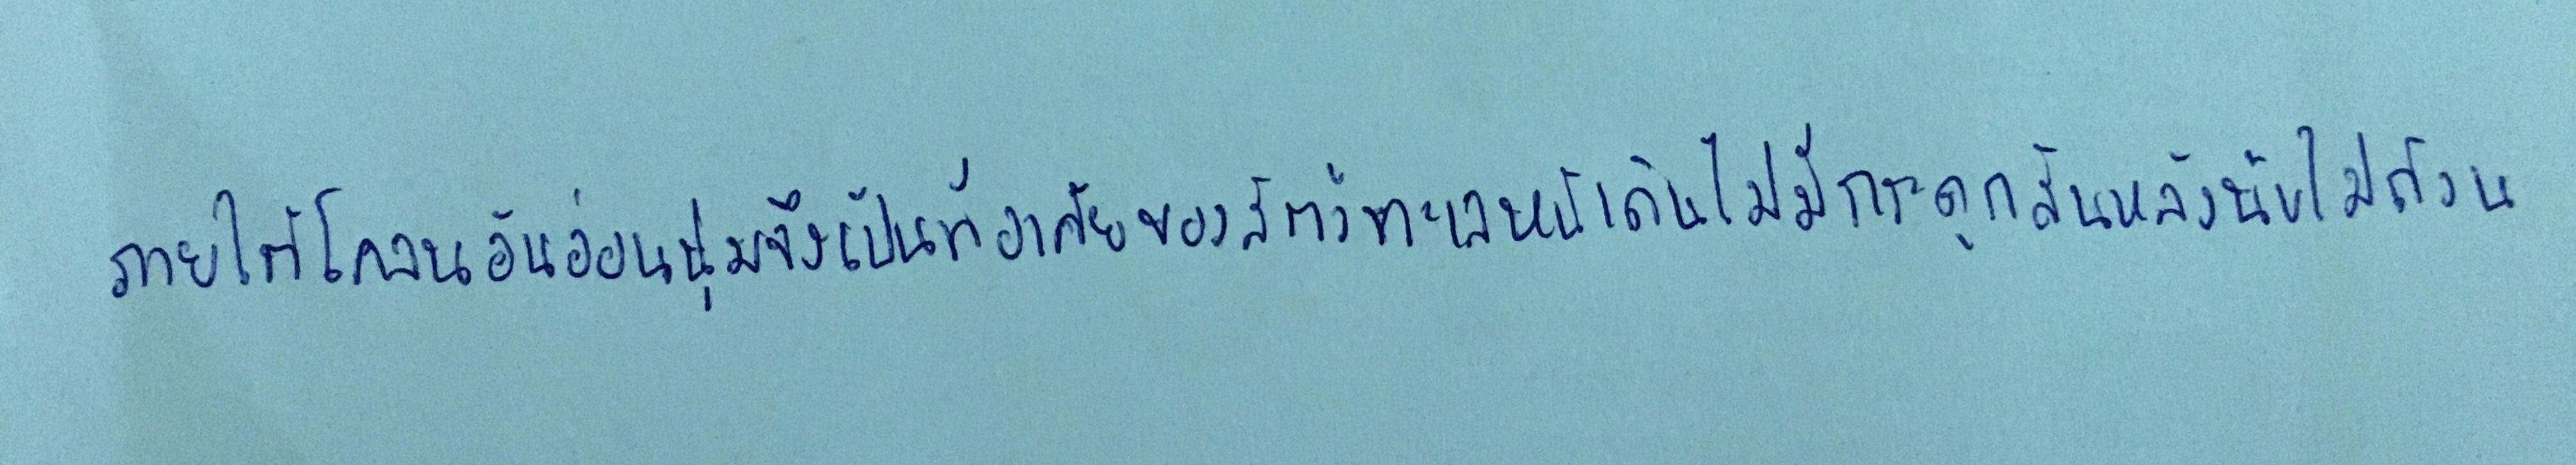
ภายใต้โคลนอันอ่อนนุ่มจึงเป็นที่อาศัยของสัตว์ทะเลหน้าดินไม่มีกระดูกสันหลังนับไม่ถ้วน